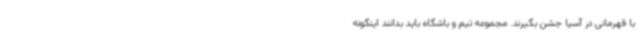
با قهرمانی در آسیا جشن بگیرند. مجموعه تیم و باشگاه باید بدانند اینگونه